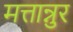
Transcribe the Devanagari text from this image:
मत्तान्नुर